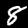
Digit: 8